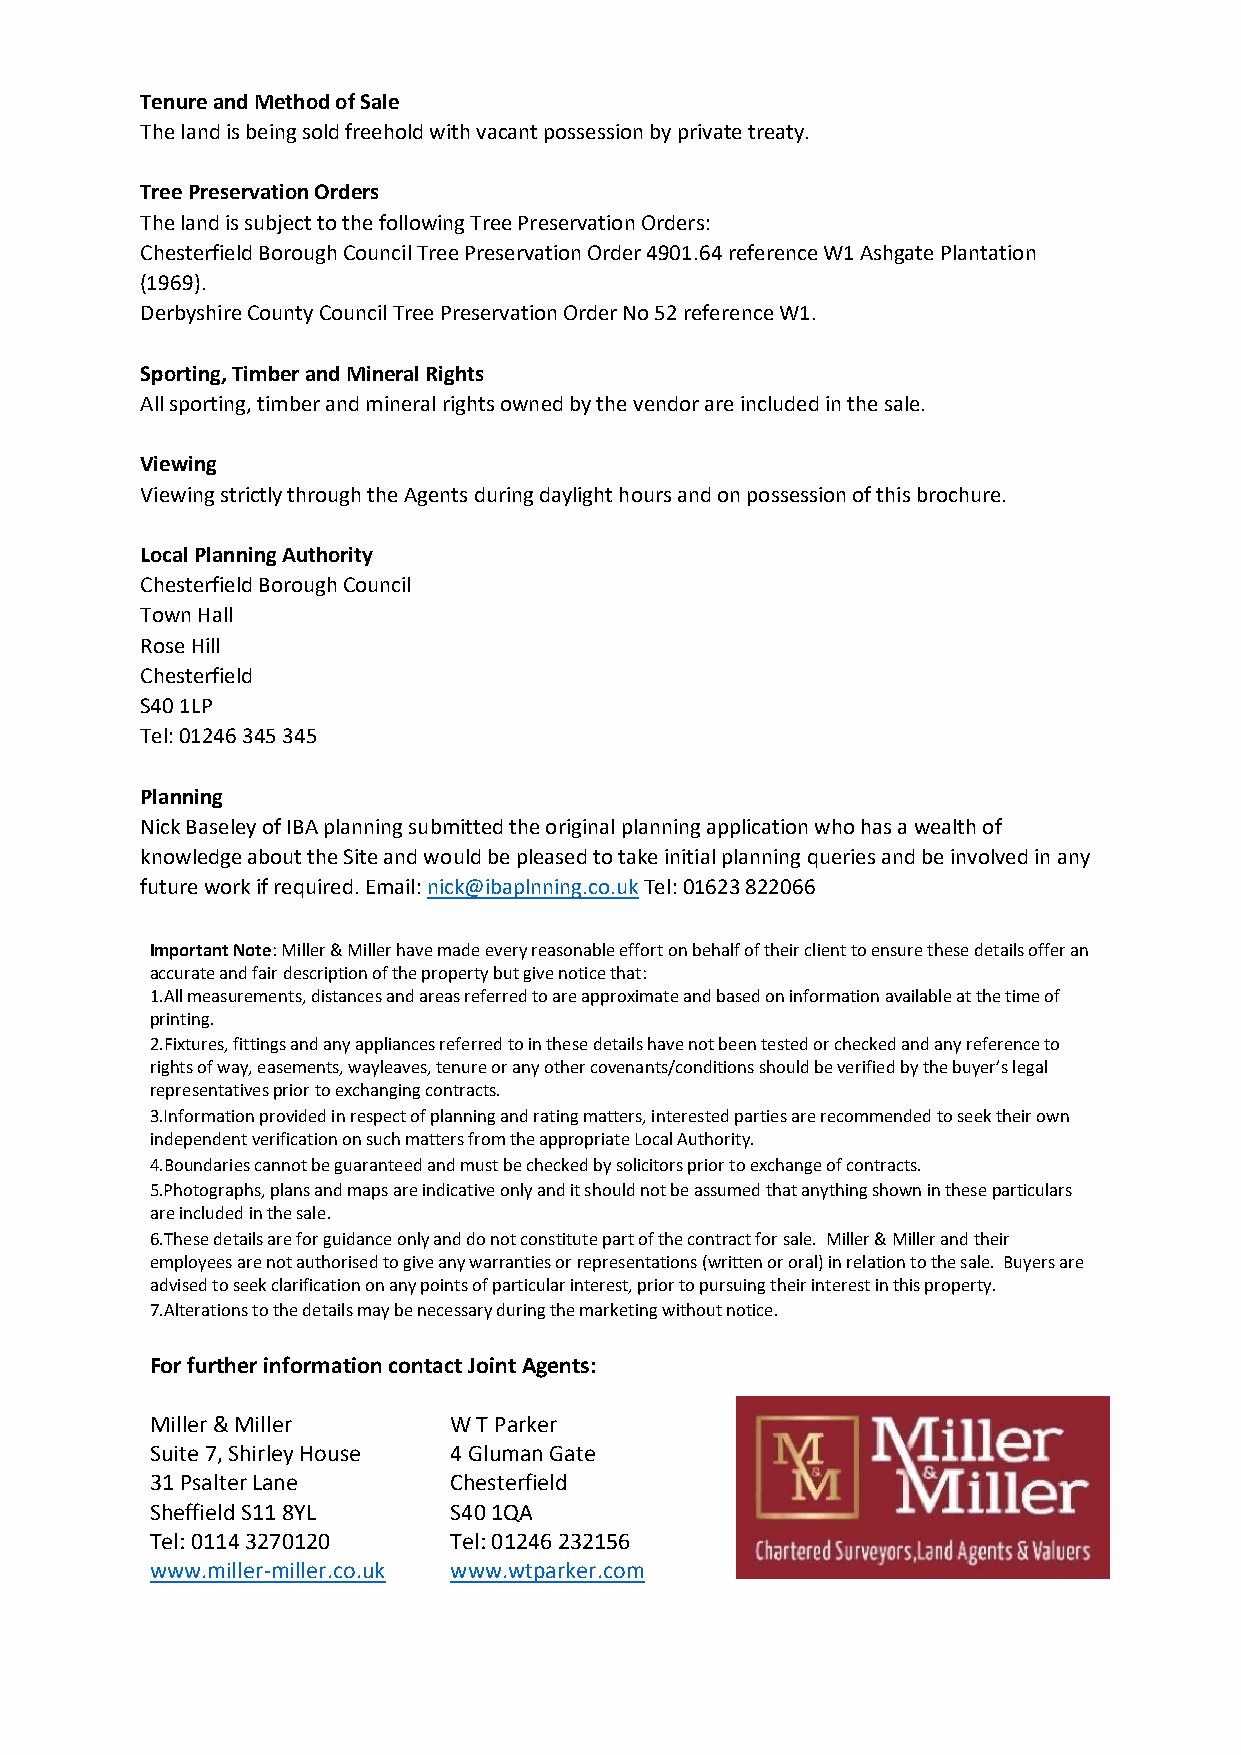
Tenure and Method of Sale
 The land is being sold freehold with vacant possession by private treaty.
 Tree Preservation Orders
 The land is subject to the following Tree Preservation Orders:
 Chesterfield Borough Council Tree Preservation Order 4901.64 reference W1 Ashgate Plantation
 (1969).
 Derbyshire County Council Tree Preservation Order No 52 reference W1.
 Sporting, Timber and Mineral Rights
 All sporting, timber and mineral rights owned by the vendor are included in the sale.
 Viewing
 Viewing strictly through the Agents during daylight hours and on possession of this brochure.
 Local Planning Authority
 Chesterfield Borough Council
 Town Hall
 Rose Hill
 Chesterfield
 S40 1LP
 Tel: 01246 345 345
 Planning
 Nick Baseley of IBA planning submitted the original planning application who has a wealth of
 knowledge about the Site and would be pleased to take initial planning queries and be involved in any
 future work if required. Email: nick@ibaplnning.co.uk Tel: 01623 822066
 Important Note: Miller & Miller have made every reasonable effort on behalf of their client to ensure these details offer an
 accurate and fair description of the property but give notice that:
 1.All measurements, distances and areas referred to are approximate and based on information available at the time of
 printing.
 2.Fixtures, fittings and any appliances referred to in these details have not been tested or checked and any reference to
 rights of way, easements, wayleaves, tenure or any other covenants/conditions should be verified by the buyer’s legal
 representatives prior to exchanging contracts.
 3.Information provided in respect of planning and rating matters, interested parties are recommended to seek their own
 independent verification on such matters from the appropriate Local Authority.
 4.Boundaries cannot be guaranteed and must be checked by solicitors prior to exchange of contracts.
 5.Photographs, plans and maps are indicative only and it should not be assumed that anything shown in these particulars
 are included in the sale.
 6.These details are for guidance only and do not constitute part of the contract for sale. Miller & Miller and their
 employees are not authorised to give any warranties or representations (written or oral) in relation to the sale. Buyers are
 advised to seek clarification on any points of particular interest, prior to pursuing their interest in this property.
 7.Alterations to the details may be necessary during the marketing without notice.
 For further information contact Joint Agents:
 Miller & Miller     W T Parker
 Suite 7, Shirley House 4 Gluman Gate
 31 Psalter Lane     Chesterfield
 Sheffield S11 8YL   S40 1QA
 Tel: 0114 3270120   Tel: 01246 232156
 www.miller-miller.co.uk www.wtparker.com